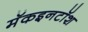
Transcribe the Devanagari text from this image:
मॅकइनटॉश